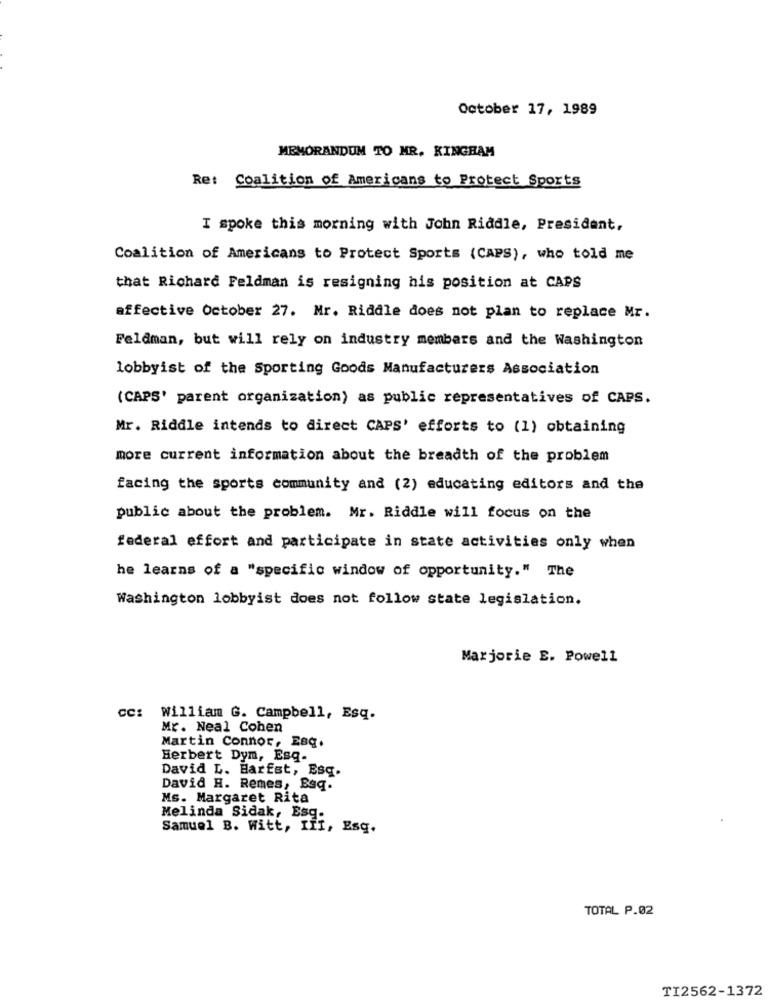
October 17, 1989
MEMORANDUM TO MR. KINGHAM
Re: Coalition of Americans to Protect Sports
I spoke this morning with John Riddle, President,
Coalition of Americans to Protect Sports (CAPS), who told me
that Richard Feldman is resigning his position at CAPS
affective October 27. Mr. Riddle does not plan to replace Mr.
Feldman, but will rely on industry members and the Washington
lobbyist of the Sporting Goods Manufacturers Association
(CAPS' parent organization) as public representatives of CAPS.
Mr. Riddle intends to direct CAPS' efforts to (1) obtaining
more current information about the breadth of the problem
facing the sports community and (2) educating editors and the
public about the problem. Mr. Riddle will focus on the
federal effort and participate in state activities only when
he learns of a "specific window of opportunity." The
Washington lobbyist does not follow state legislation.
Marjorie E. Powell
cc: William G. Campbell, Esq.
Mr. Neal Cohen
Martin Connor, Esg.
Herbert Dym, Esq-
David L. Harfst, Esq.
David H. Remes, Baq.
Ms. Margaret Rita
Melinda Sidak, Esq.
Samuel B. Witt, III, Esq.
TOTAL P.02
TI2562-1372